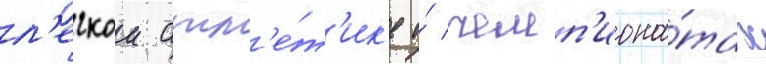
л'егкои атл'е́т'ик'е и́ чемп'иона́тах